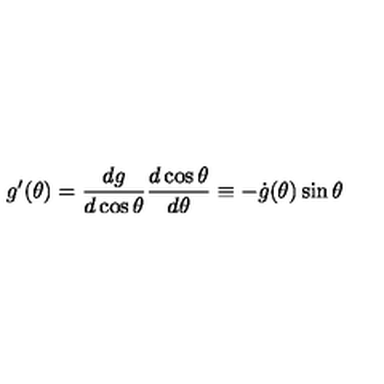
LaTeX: g ^ { \prime } ( \theta ) = \frac { d g } { d \cos \theta } \frac { d \cos \theta } { d \theta } \equiv - \dot { g } ( \theta ) \sin \theta